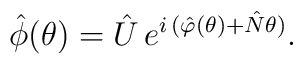
\hat{\phi} ( \theta )	=	\hat{U} \,	e^{ i \, ( \hat{\varphi} ( \theta ) + \hat{N} \theta ) }.